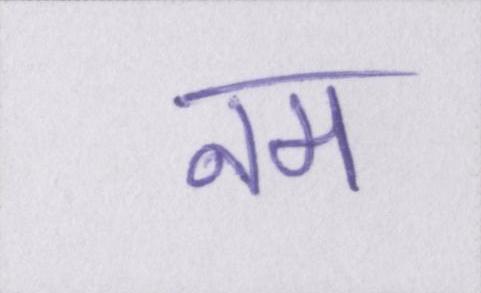
नम